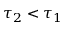
\tau _ { 2 } < \tau _ { 1 }